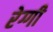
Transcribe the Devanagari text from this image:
रेग्गी